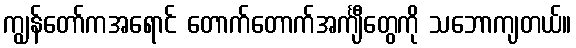
ကျွန်တော်ကအရောင် တောက်တောက်အင်္ကျီတွေကို သဘောကျတယ်။